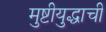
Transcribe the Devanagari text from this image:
मुष्टीयुद्धाची